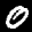
Label: 0